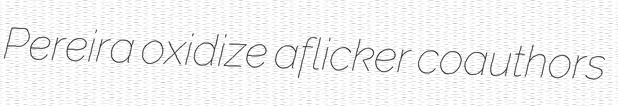
Pereira oxidize aflicker coauthors